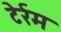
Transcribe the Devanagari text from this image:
टेर्रम